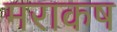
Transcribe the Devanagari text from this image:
मराकष